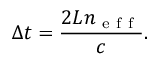
\Delta t = \frac { 2 L n _ { \mathrm { ~ e ~ f ~ f ~ } } } { c } .